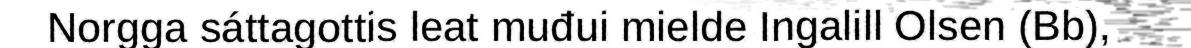
Norgga sáttagottis leat muđui mielde Ingalill Olsen (Bb),